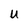
Character: U